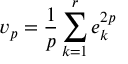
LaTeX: v _ { p } = \frac { 1 } { p } \sum _ { k = 1 } ^ { r } e _ { k } ^ { 2 p }